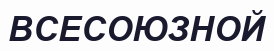
ВСЕСОЮЗНОЙ